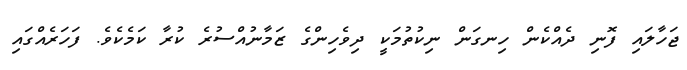
ޖަހާލައި ފޮނި ދެއްކެން ހިނގަން ނިކުތުމަކީ ދިވެހިންގެ ޒަމާނުއްސުރެ ކުރާ ކަމެކެވެ. ފަހަރެއްގައި